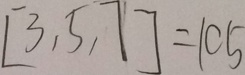
[ 3 , 5 , 7 ] = 1 0 5